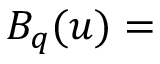
B _ { q } ( u ) =